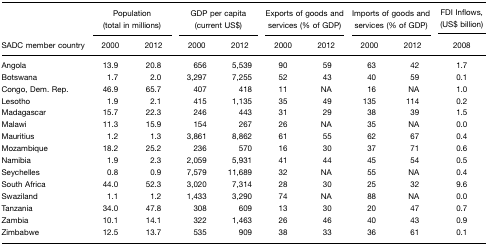
<table><thead><tr><td></td><td colspan="2"><b>Population (total in millions)</b></td><td colspan="2"><b>GDP per capita (current US$)</b></td><td colspan="2"><b>Exports of goods and services (% of GDP)</b></td><td colspan="2"><b>Imports of goods and services (% of GDP)</b></td><td><b>FDI Inflows, (US$ billion)</b></td></tr><tr><td><b>SADC member country</b></td><td><b>2000</b></td><td><b>2012</b></td><td><b>2000</b></td><td><b>2012</b></td><td><b>2000</b></td><td><b>2012</b></td><td><b>2000</b></td><td><b>2012</b></td><td><b>2008</b></td></tr></thead><tbody><tr><td>Angola</td><td>13.9</td><td>20.8</td><td>656</td><td>5,539</td><td>90</td><td>59</td><td>63</td><td>42</td><td>1.7</td></tr><tr><td>Botswana</td><td>1.7</td><td>2.0</td><td>3,297</td><td>7,255</td><td>52</td><td>43</td><td>40</td><td>59</td><td>0.1</td></tr><tr><td>Congo, Dem. Rep.</td><td>46.9</td><td>65.7</td><td>407</td><td>418</td><td>11</td><td>NA</td><td>16</td><td>NA</td><td>1.0</td></tr><tr><td>Lesotho</td><td>1.9</td><td>2.1</td><td>415</td><td>1,135</td><td>35</td><td>49</td><td>135</td><td>114</td><td>0.2</td></tr><tr><td>Madagascar</td><td>15.7</td><td>22.3</td><td>246</td><td>443</td><td>31</td><td>29</td><td>38</td><td>39</td><td>1.5</td></tr><tr><td>Malawi</td><td>11.3</td><td>15.9</td><td>154</td><td>267</td><td>26</td><td>NA</td><td>35</td><td>NA</td><td>0.0</td></tr><tr><td>Mauritius</td><td>1.2</td><td>1.3</td><td>3,861</td><td>8,862</td><td>61</td><td>55</td><td>62</td><td>67</td><td>0.4</td></tr><tr><td>Mozambique</td><td>18.2</td><td>25.2</td><td>236</td><td>570</td><td>16</td><td>30</td><td>37</td><td>71</td><td>0.6</td></tr><tr><td>Namibia</td><td>1.9</td><td>2.3</td><td>2,059</td><td>5,931</td><td>41</td><td>44</td><td>45</td><td>54</td><td>0.5</td></tr><tr><td>Seychelles</td><td>0.8</td><td>0.9</td><td>7,579</td><td>11,689</td><td>32</td><td>NA</td><td>55</td><td>NA</td><td>0.4</td></tr><tr><td>South Africa</td><td>44.0</td><td>52.3</td><td>3,020</td><td>7,314</td><td>28</td><td>30</td><td>25</td><td>32</td><td>9.6</td></tr><tr><td>Swaziland</td><td>1.1</td><td>1.2</td><td>1,433</td><td>3,290</td><td>74</td><td>NA</td><td>88</td><td>NA</td><td>0.0</td></tr><tr><td>Tanzania</td><td>34.0</td><td>47.8</td><td>308</td><td>609</td><td>13</td><td>30</td><td>20</td><td>47</td><td>0.7</td></tr><tr><td>Zambia</td><td>10.1</td><td>14.1</td><td>322</td><td>1,463</td><td>26</td><td>46</td><td>40</td><td>43</td><td>0.9</td></tr><tr><td>Zimbabwe</td><td>12.5</td><td>13.7</td><td>535</td><td>909</td><td>38</td><td>33</td><td>36</td><td>61</td><td>0.1</td></tr></tbody></table>